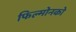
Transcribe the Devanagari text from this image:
फिल्मोनको